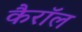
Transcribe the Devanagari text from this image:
कैराॅल